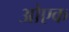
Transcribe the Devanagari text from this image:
ओएक